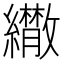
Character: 𦇕